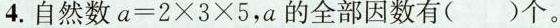
4.自然数a=2×3×5,a的全部因数有( )个.